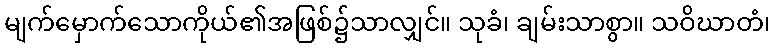
မျက်မှောက်သောကိုယ်၏အဖြစ်၌သာလျှင်။ သုခံ၊ ချမ်းသာစွာ။ သဝိဃာတံ၊